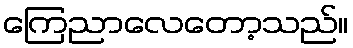
ကြေညာလေတော့သည်။